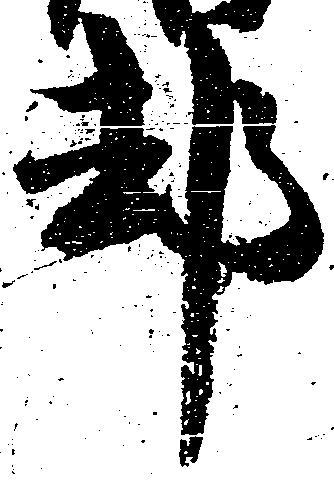
却